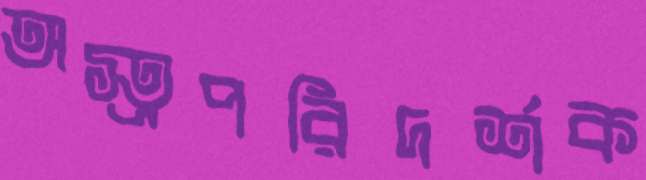
অস্ত্রপরিদর্শক